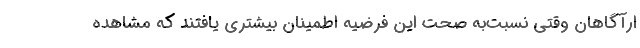
ارآگاهان وقتی نسبت‌به صحت این فرضیه اطمینان بیشتری یافتند که مشاهده